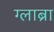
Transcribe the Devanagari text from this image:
ग्लाब्रा